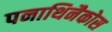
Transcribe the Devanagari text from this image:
पनाथिनैकोस